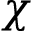
\chi